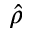
\hat { \rho }